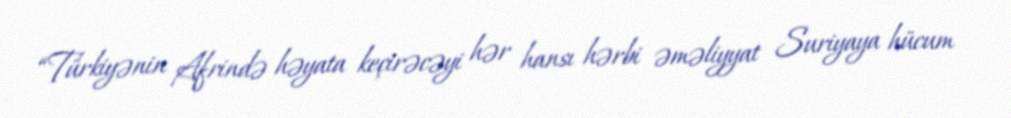
“Türkiyənin Afrində həyata keçirəcəyi hər hansı hərbi əməliyyat Suriyaya hücum